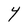
Character: Y